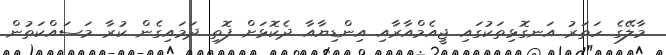
މާލޭގެ ހަތަރު އަނގޮޅިތަކުގައި ޖީއެމްއާރާއި އިންޑިޔާއާ ދެކޮޅަށް ފޮތި ދަމައިގެން ކުރާ މަސައްކަތުން